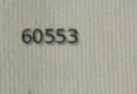
60553